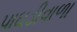
પાઘડીવાળા